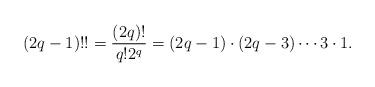
LaTeX: \begin{align*} (2q-1)!!=\frac{(2q)!}{q!2^q}=(2q-1)\cdot(2q-3)\cdots 3\cdot 1.\end{align*}